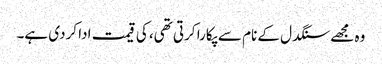
وہ مجھے سنگدل کے نام سے پکارا کرتی تھی، کی قیمت ادا کردی ہے۔